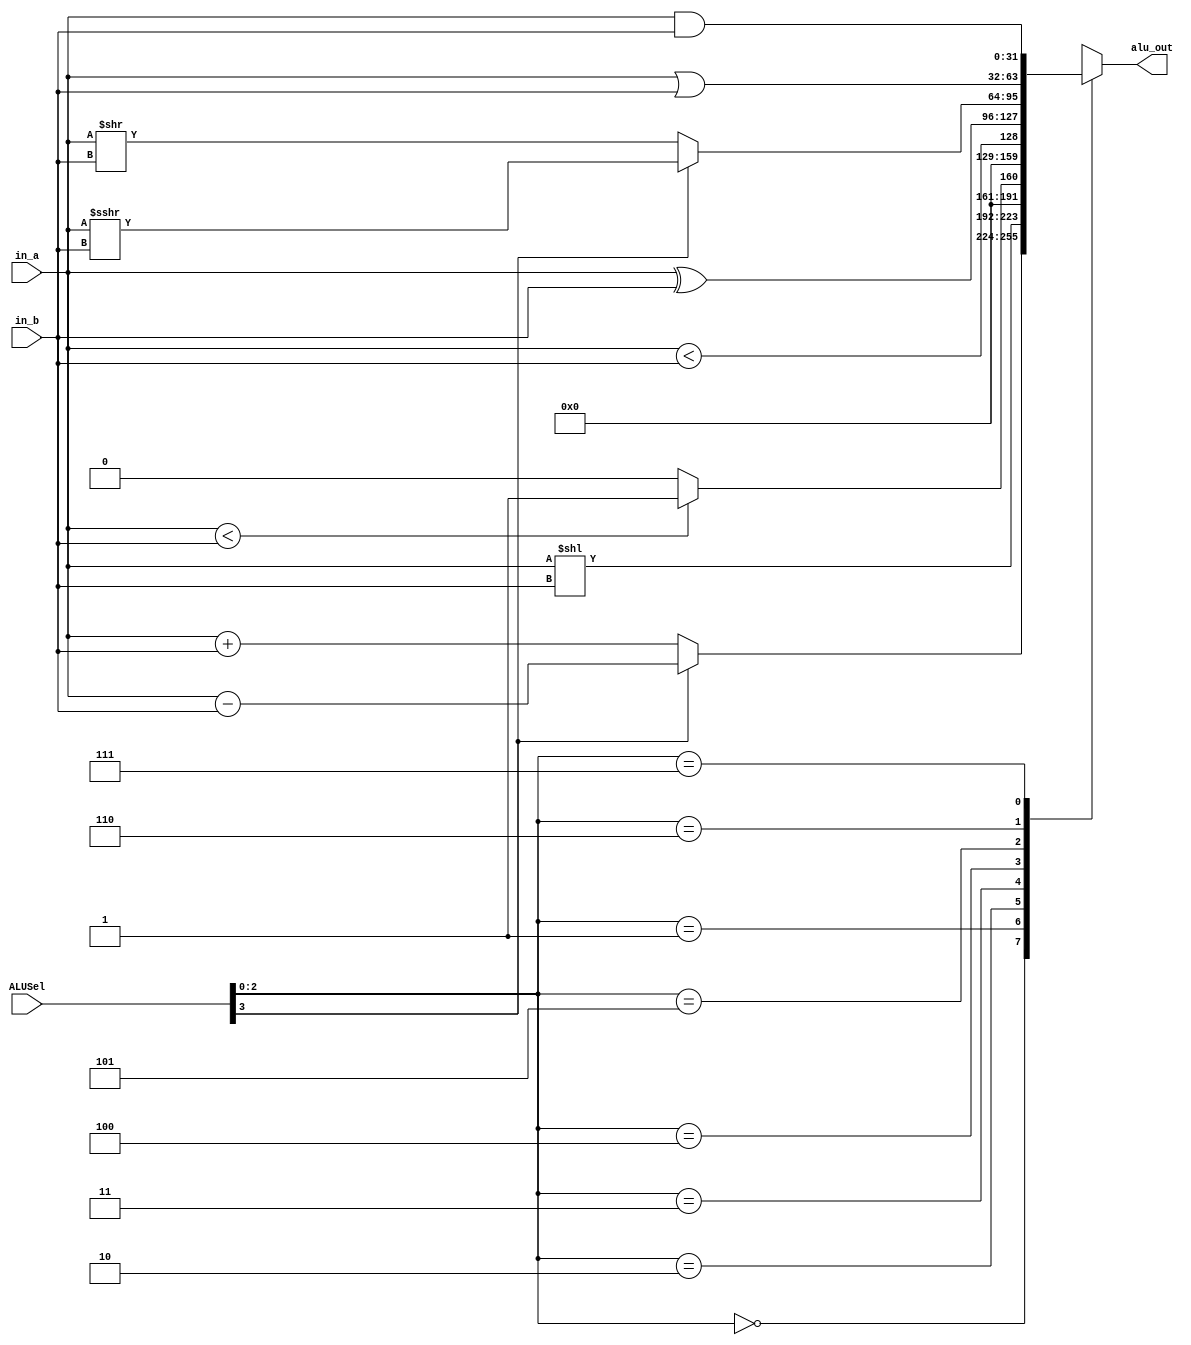
module ALU #(parameter DWIDTH=32)
(
	input		[DWIDTH-1:0]	in_a,
	input 		[DWIDTH-1:0]	in_b,
	input 		[3:0]		ALUSel,
	output reg	[DWIDTH-1:0]	alu_out
);

always@*
	case(ALUSel[2:0])
	    3'b000: alu_out = ALUSel[3]? (in_a - in_b) : (in_a + in_b) ;	//add, sub
	    3'b001: alu_out = in_a << in_b;					//sll, shift left logical
	    3'b010: alu_out = ($signed(in_a) < $signed(in_b))? 1:0;   	//slt, set less than
	    3'b011: alu_out = in_a < in_b;					//sltu, set less than unsigned
	    3'b100: alu_out = in_a ^ in_b;					//bitwise xor
	    3'b101: alu_out = ALUSel[3]? $signed($signed(in_a) >>> in_b):(in_a >> in_b);	//srl, sra
	    3'b110: alu_out = in_a | in_b;            			//bitwise or
	    3'b111: alu_out = in_a & in_b;             			//bitwise and
	    default: alu_out = 'hz;
	endcase

endmodule